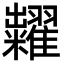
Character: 糶